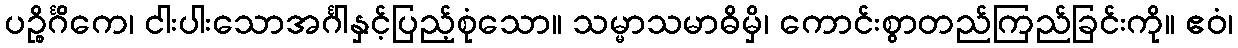
ပဉ္စိင်္ဂိကေ၊ ငါးပါးသောအင်္ဂါနှင့်ပြည့်စုံသော။ သမ္မာသမာဓိမှိ၊ ကောင်းစွာတည်ကြည်ခြင်းကို။ ဧဝံ၊